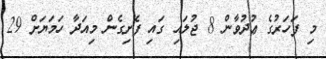
މި ފަހަރުގެ ޢުދުވާން 8 ޖުލައި ގައި ފެށިގެން މިއަދާ ހަމަޔަށް 29